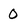
Character: 0